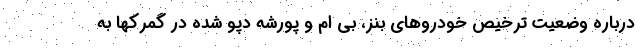
درباره وضعیت ترخیص خودروهای بنز، بی ام و پورشه دپو شده در گمرکها به